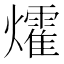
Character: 㸌